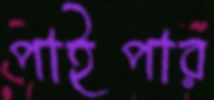
পাইপার